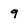
Character: 9